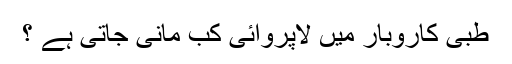
طبی کاروبار میں لاپروائی کب مانی جاتی ہے ؟